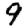
Digit: 9